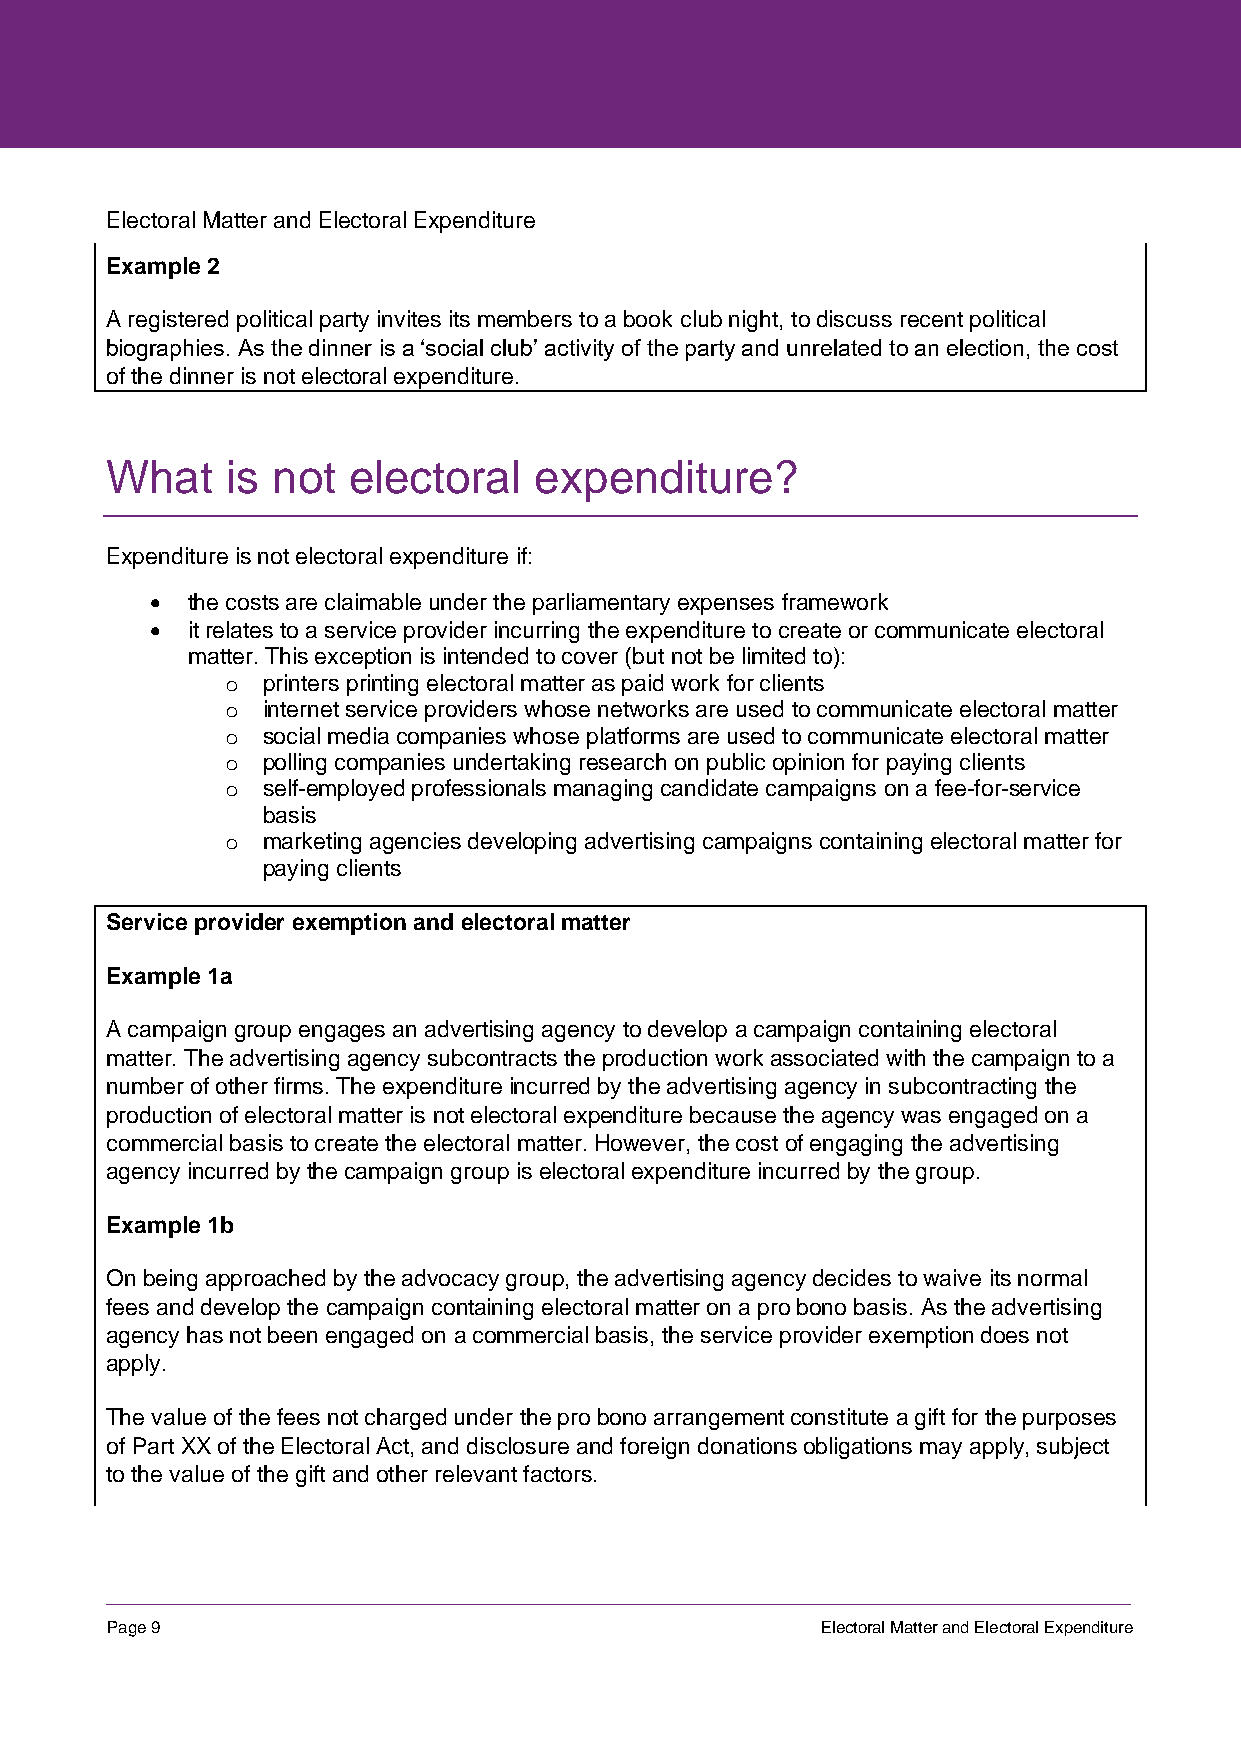
Electoral Matter and Electoral Expenditure
 Example 2
 A registered political party invites its members to a book club night, to discuss recent political
 biographies. As the dinner is a ‘social club’ activity of the party and unrelated to an election, the cost
 of the dinner is not electoral expenditure.
 What    is not  electoral   expenditure?
 Expenditure is not electoral expenditure if:
 • the costs are claimable under the parliamentary expenses framework
 • it relates to a service provider incurring the expenditure to create or communicate electoral
 matter. This exception is intended to cover (but not be limited to):
 o printers printing electoral matter as paid work for clients
 o internet service providers whose networks are used to communicate electoral matter
 o social media companies whose platforms are used to communicate electoral matter
 o polling companies undertaking research on public opinion for paying clients
 o self-employed professionals managing candidate campaigns on a fee-for-service
 basis
 o marketing agencies developing advertising campaigns containing electoral matter for
 paying clients
 Service provider exemption and electoral matter
 Example 1a
 A campaign group engages an advertising agency to develop a campaign containing electoral
 matter. The advertising agency subcontracts the production work associated with the campaign to a
 number of other firms. The expenditure incurred by the advertising agency in subcontracting the
 production of electoral matter is not electoral expenditure because the agency was engaged on a
 commercial basis to create the electoral matter. However, the cost of engaging the advertising
 agency incurred by the campaign group is electoral expenditure incurred by the group.
 Example 1b
 On being approached by the advocacy group, the advertising agency decides to waive its normal
 fees and develop the campaign containing electoral matter on a pro bono basis. As the advertising
 agency has not been engaged on a commercial basis, the service provider exemption does not
 apply.
 The value of the fees not charged under the pro bono arrangement constitute a gift for the purposes
 of Part XX of the Electoral Act, and disclosure and foreign donations obligations may apply, subject
 to the value of the gift and other relevant factors.
 Page 9                                         Electoral Matter and Electoral Expenditure